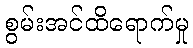
စွမ်းအင်ထိရောက်မှု